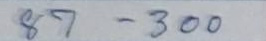
87 - 300